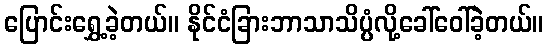
ပြောင်းရွှေ့ခဲ့တယ်။ နိုင်ငံခြားဘာသာသိပ္ပံလို့ခေါ်ဝေါ်ခဲ့တယ်။